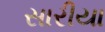
સારીયા